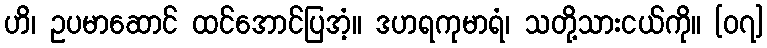
ဟိ၊ ဥပမာဆောင် ထင်အောင်ပြအံ့။ ဒဟရကုမာရံ၊ သတို့သားငယ်ကို။ [၀၇]